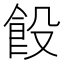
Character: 䬦